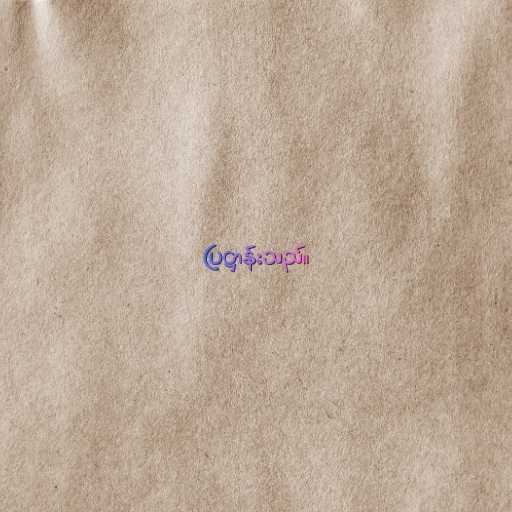
ပြဋ္ဌာန်းသည်။